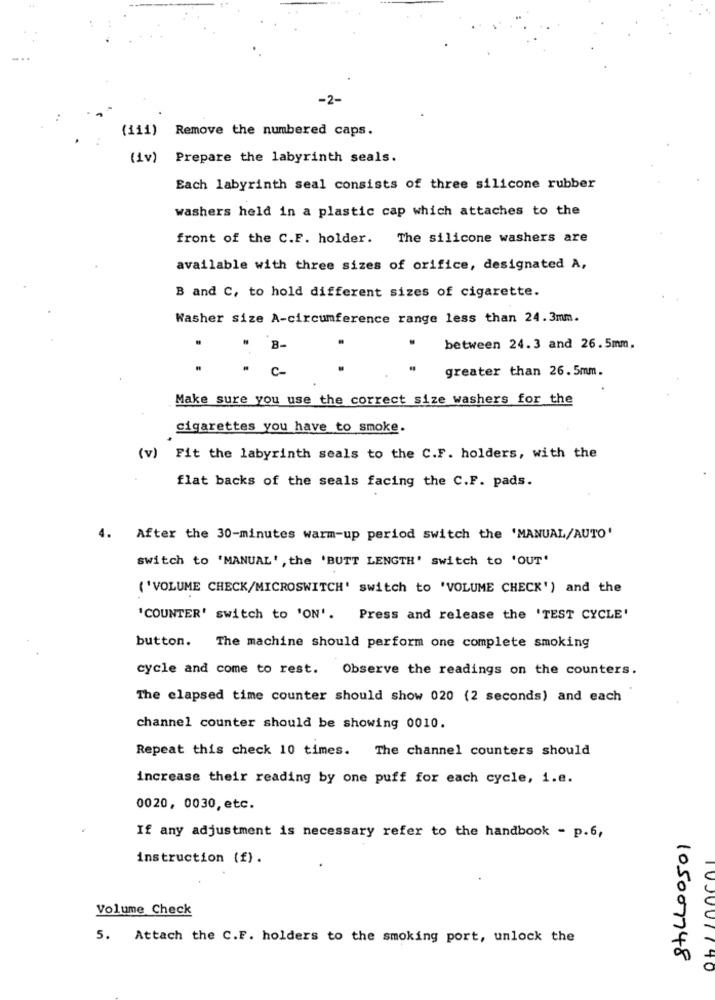
-2-
(iii) Remove the numbered caps.
(iv) Prepare the labyrinth seals.
Each labyrinth seal consists of three silicone rubber
washers held in a plastic cap which attaches to the
front of the C.F. holder. The silicone washers are
available with three sizes of orifice, designated A,
B and C, to hold different sizes of cigarette.
Washer size A-circumference range less than 24.3mm.
B-
between 24.3 and 26.5mm.
greater than 26.5mm.
Make sure you use the correct size washers for the
cigarettes you have to smoke.
(v) Fit the labyrinth seals to the C.F. holders, with the
flat backs of the seals facing the C.F. pads.
4. After the 30-minutes warm-up period switch the 'MANUAL/AUTO'
switch to 'MANUAL' , the 'BUTT LENGTH' switch to 'OUT'
( 'VOLUME CHECK/MICROSWITCH' switch to 'VOLUME CHECK') and the
'COUNTER' switch to 'ON'. Press and release the 'TEST CYCLE'
button.
The machine should perform one complete smoking
cycle and come to rest. Observe the readings on the counters.
The elapsed time counter should show 020 (2 seconds) and each
channel counter should be showing 0010.
Repeat this check 10 times. The channel counters should
increase their reading by one puff for each cycle, i.e.
0020, 0030, etc.
If any adjustment is necessary refer to the handbook - p.6,
instruction (f).
Volume Check
5. Attach the C.F. holders to the smoking port, unlock the
105007748